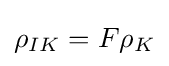
\rho _{IK}=F\rho _{K}